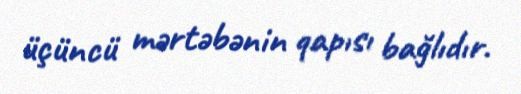
üçüncü mərtəbənin qapısı bağlıdır.